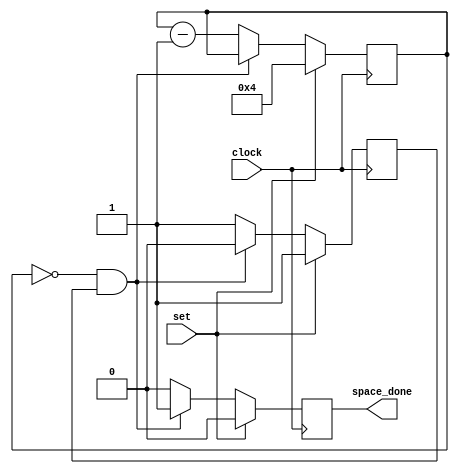
module space_counter(
input set, 
output space_done,
input clock);

reg[3:0] cntr = 4'b0000;
  
reg space_done;

reg acting = 1'b0;

reg[3:0] cntr_oldval;

  always @(posedge clock) begin
    
    if (set == 1'b1)
      begin
        cntr <= 4'b0100;
        space_done <= 1'b0;
        acting = 1'b1;
      end
    else //set == 1'b0;
      begin
        if (cntr == 4'b0000 && acting == 1'b1)
          begin
            space_done <= 1'b1;
            acting = 1'b0;
          end
        else 
          begin
            cntr <= cntr - 1;
            space_done <= 1'b0;
            acting = 1'b1;
          end
        
        
        
        
      end

  end

endmodule